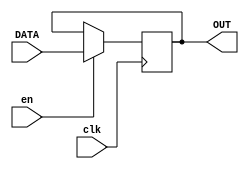
module Register_en #(
     parameter WIDTH=8)
    (
	  input  clk, en,
	  input	[WIDTH-1:0] DATA,
	  output reg [WIDTH-1:0] OUT
    );

initial begin
	OUT<=0;
end	 

always@(posedge clk) begin
	if(en == 1'b1)
		OUT<=DATA;
end
	 
endmodule